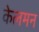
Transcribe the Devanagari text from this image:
केलमन